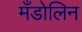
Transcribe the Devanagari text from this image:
मँडोलिन